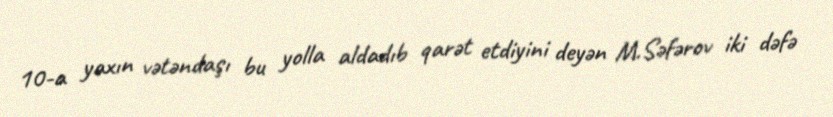
10-a yaxın vətəndaşı bu yolla aldadıb qarət etdiyini deyən M.Səfərov iki dəfə